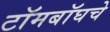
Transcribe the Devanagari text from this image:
टॉमबॉघचे